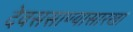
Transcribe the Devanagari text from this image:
देवससाण्यासारखा